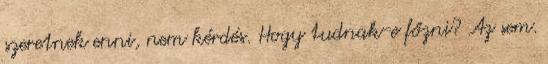
szeretnek enni, nem kérdés. Hogy tudnak-e főzni? Az sem.